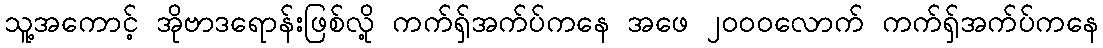
သူ့အကောင့် အိုဗာဒရောန်းဖြစ်လို့ ကက်ရှ်အက်ပ်ကနေ အဖေ ၂၀၀၀လောက် ကက်ရှ်အက်ပ်ကနေ